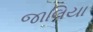
જાલિયા